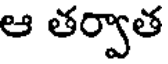
ఆ తర్వాత